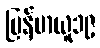
မြန်မာယူ၁၉